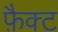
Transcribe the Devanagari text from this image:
फ़ैक्ट